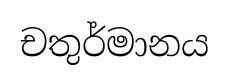
චතුර්මානය